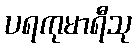
ပရကုမာရီသု